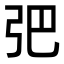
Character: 弝